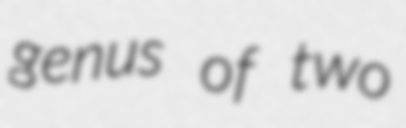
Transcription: genus of two